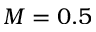
M = 0 . 5